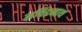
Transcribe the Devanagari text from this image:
सचिंद्रनाथ